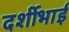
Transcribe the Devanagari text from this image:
दर्शीभाई